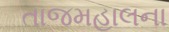
તાજમહાલના